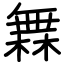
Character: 橆